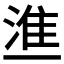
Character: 𰜚